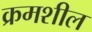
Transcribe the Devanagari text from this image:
क्रमशील